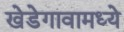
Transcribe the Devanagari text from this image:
खेडेगावामध्ये